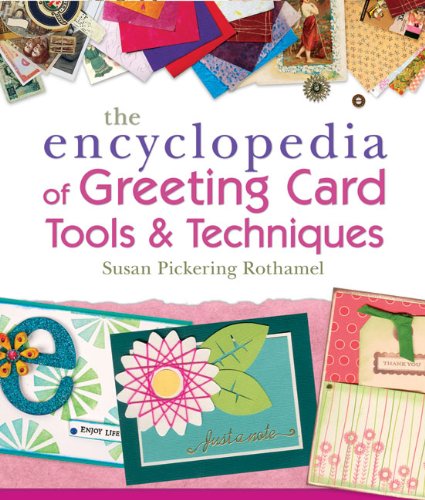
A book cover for The Encyclopedia of Greeting Card Tools & Techniques; Susan Pickering Rothamel; Reference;